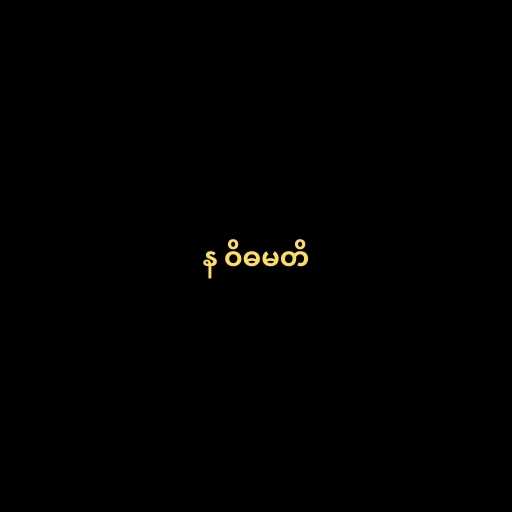
န ဝိဓမတိ